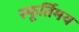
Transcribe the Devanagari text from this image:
स्फूर्तिमय